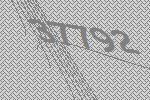
37792